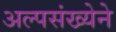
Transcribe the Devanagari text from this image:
अल्पसंख्येने